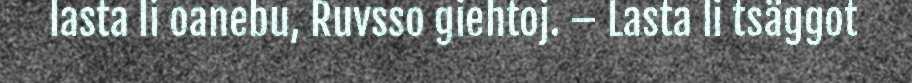
lasta li oanebu, Ruvsso giehtoj. – Lasta li tsäggot